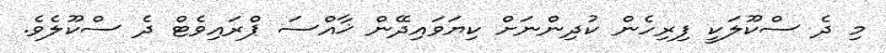
މި ދެ ސްކޫލަކީ ފިރިހެން ކުދިންނަށް ކިޔަވައިދޭން ޚާއްސަ ޕްރައިވެޓް ދެ ސްކޫލެވެ.